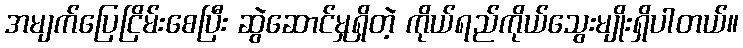
အမျက်ပြေငြိမ်းစေပြီး ဆွဲဆောင်မှုရှိတဲ့ ကိုယ်ရည်ကိုယ်သွေးမျိုးရှိပါတယ်။